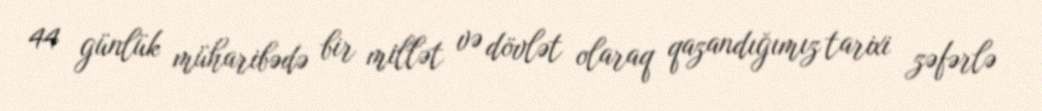
44 günlük müharibədə bir millət və dövlət olaraq qazandığımız tarixi zəfərlə